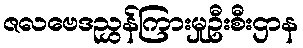
ဇလဗေဒညွှန်ကြားမှုဦးစီးဌာန